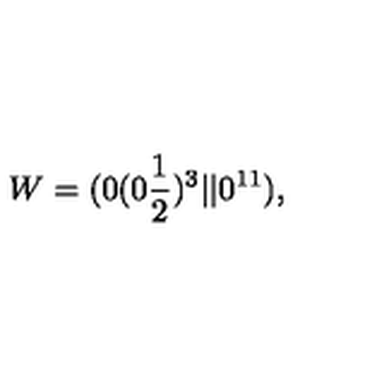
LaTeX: W = ( 0 ( 0 { \frac { 1 } { 2 } } ) ^ { 3 } \vert \vert 0 ^ { 1 1 } ) , \nonumber